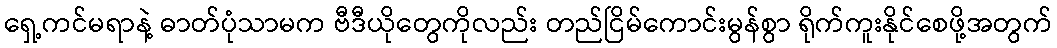
ရှေ့ကင်မရာနဲ့ ဓာတ်ပုံသာမက ဗီဒီယိုတွေကိုလည်း တည်ငြိမ်ကောင်းမွန်စွာ ရိုက်ကူးနိုင်စေဖို့အတွက်